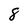
Character: 8